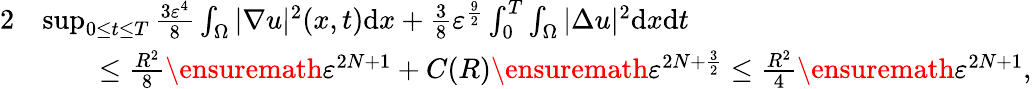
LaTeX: \begin{array}{rl}{{2}}&{\operatorname*{sup}_{0\leq t\leq T}\frac{3\varepsilon^{4}}{8}\int_{\Omega}|\nabla u|^{2}(x,t)\mathrm{d}x+\frac{3}{8}\varepsilon^{\frac{9}{2}}\int_{0}^{T}\int_{\Omega}|\Delta u|^{2}\mathrm{d}x\mathrm{d}t}\\ &{\qquad\leq\frac{R^{2}}{8}\ensuremath{\varepsilon}^{2N+1}+C(R)\ensuremath{\varepsilon}^{2N+\frac 32}\leq\frac{R^{2}}{4}\ensuremath{\varepsilon}^{2N+1},}\end{array}